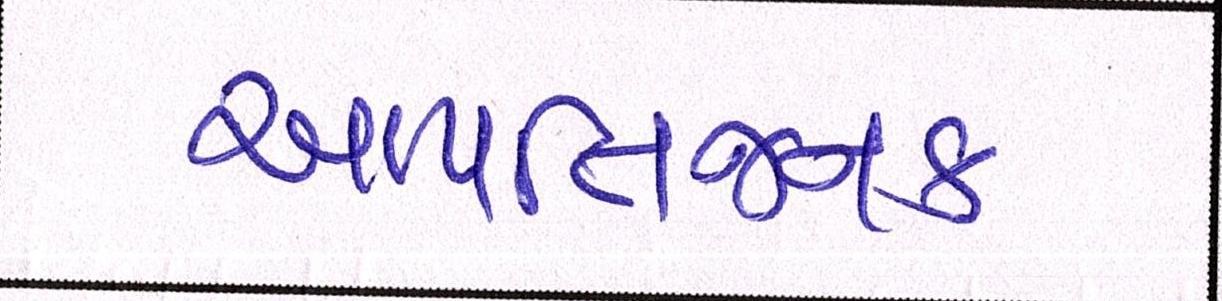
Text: આપત્તિજનક